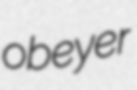
obeyer